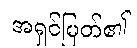
အရှင်မြတ်၏